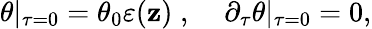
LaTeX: \theta|_{\tau=0}=\theta_{0}\varepsilon(\mathbf{z})\; ,\; \; \; \; \partial_{\tau}\theta|_{\tau=0}=0,